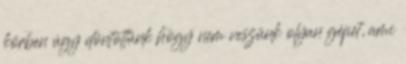
körben úgy döntöttünk hogy nem veszünk olyan gépet, ami